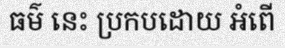
ធម៌ នេះ ប្រកបដោយ អំពើ